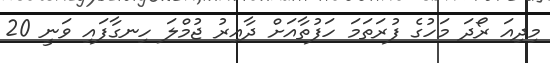
މިދިއަ ރޯދަ މަހުގެ ފުރަތަމަ ހަފުތާއަށް ދާއިރު ޖުމްލަ ހިނގާފައި ވަނީ 20